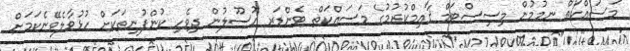
މަސައްކަތް ނމުމުން މިސިސްޓަމް ޤާއިމްކުރުމުގެ މަސައްކަތް ޓެންޑަރ އުސޫލުން ދިވެހި ކުންފުނިތަކަށް ހުޅުވާލެވޭނެކަމަށް